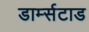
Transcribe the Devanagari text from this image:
डार्म्सटाड